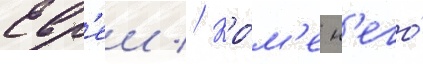
Евр'еи // Кро́м'е н'его́